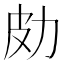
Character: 𠡄